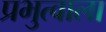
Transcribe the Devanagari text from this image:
प्रभुत्वाला